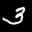
Label: 3